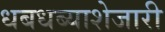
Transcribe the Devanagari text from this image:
धबधब्याशेजारी